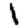
Digit: 1